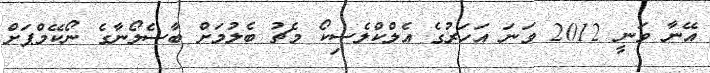
އޭނާ ވަނީ 2012 ވަނަ އަހަރުގެ އެލްކްލެސިކޯ މެޗު ބެލުމަށް ބާސެލޯނާގެ ނޯކޭމްޕަށް